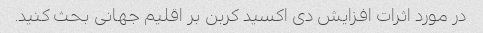
در مورد اثرات افزایش دی اکسید کربن بر اقلیم جهانی بحث کنید.